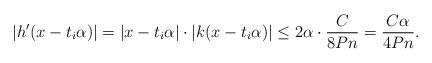
LaTeX: \begin{align*}|h'(x-t_i\alpha)| = |x-t_i\alpha| \cdot |k(x-t_i\alpha)| \leq 2\alpha \cdot \frac{C}{8Pn} = \frac{C\alpha}{4Pn}.\end{align*}